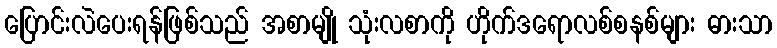
ပြောင်းလဲပေးရန်ဖြစ်သည် အစာမျို သုံးလစာကို ဟိုက်ဒရောလစ်စနစ်များ ဓားသာ